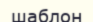
шаблон